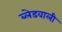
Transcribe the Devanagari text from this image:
ब्लेडवाली